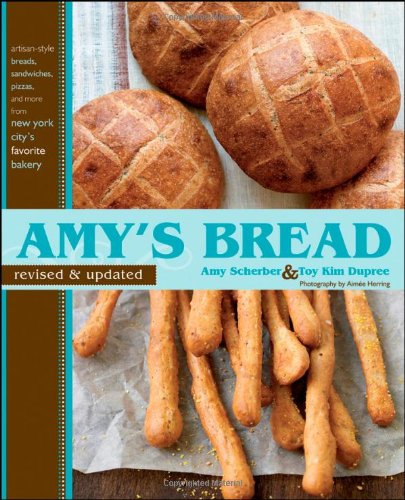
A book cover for Amy's Bread, Revised and Updated: Artisan-style breads, sandwiches, pizzas, and more from New York City's favorite bakery; Toy Kim Dupree; Cookbooks, Food & Wine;